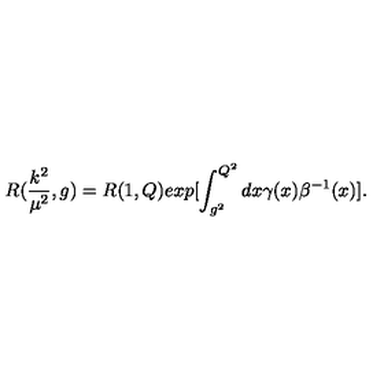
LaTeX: R ( \frac { k ^ { 2 } } { { \mu } ^ { 2 } } , g ) = R ( 1 , Q ) e x p [ \int _ { g ^ { 2 } } ^ { Q ^ { 2 } } d x \gamma ( x ) { \beta } ^ { - 1 } ( x ) ] .